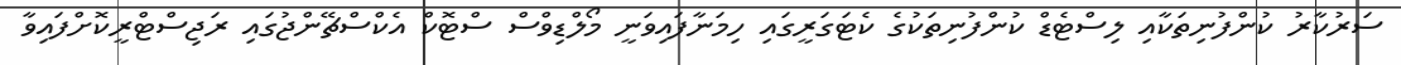
ސަރުކާރު ކުންފުނިތަކާއި ލިސްޓެޑް ކުންފުނިތަކުގެ ކެޓަގަރީގައި ހިމަނާފައިވަނީ މޯލްޑިވްސް ސްޓޮކް އެކްސްޗޭންޖުގައި ރަޖިސްޓްރީކޮށްފައިވާ